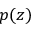
p ( z )